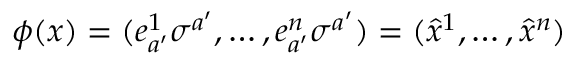
\phi ( x ) = ( e _ { a ^ { \prime } } ^ { 1 } \sigma ^ { a ^ { \prime } } , \dots , e _ { a ^ { \prime } } ^ { n } \sigma ^ { a ^ { \prime } } ) = ( \hat { x } ^ { 1 } , \dots , \hat { x } ^ { n } )